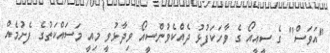
"އަވަސް" ގެ ސީއީއޯ ގެ ވާހަކަފުޅު ދެއްކެވުންސީއޯ ވިދާޅުވީ މިއީ މަސައްކަތުގެ ފެށުމެއް